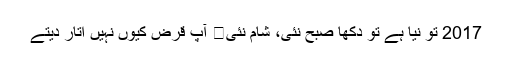
2017 تو نیا ہے تو دکھا صبح نئی، شام نئی	 آپ قرض کیوں نہیں اتار دیتے